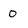
Character: 0